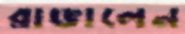
রাঙালেন